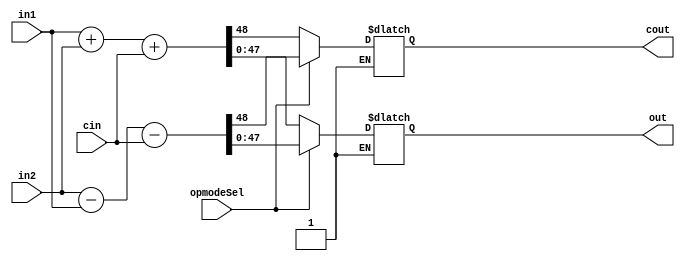
module postAdderSub(in1,in2,cin,opmodeSel,out,cout);
  input [47:0] in1,in2;
  output reg cout;
  input cin;
  input opmodeSel;
  output reg [47:0] out;
  always @* begin
    if(!opmodeSel)
      {cout,out}=in1+in2+cin;
    else if(opmodeSel)
      {cout,out}=in2-in1-cin;
    end
  endmodule